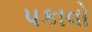
પકાવો